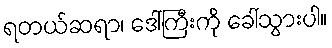
ရတယ်ဆရာ၊ ဒေါ်ကြီးကို ခေါ်သွားပါ။